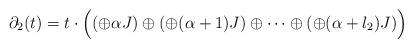
LaTeX: \begin{align*}\partial_2(t)=t\cdot\Big((\oplus\alpha J)\oplus(\oplus (\alpha+1) J)\oplus\dots\oplus(\oplus (\alpha+l_2) J)\Big) \end{align*}